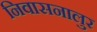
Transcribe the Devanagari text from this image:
निवासनालुर